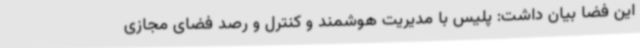
این فضا بیان داشت: پلیس با مدیریت هوشمند و کنترل و رصد فضای مجازی